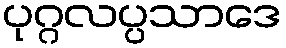
ပုဂ္ဂလပ္ပသာဒေ